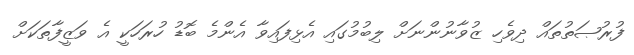
ފުރުޞަތުތައް ދިވެހި ޒުވާނުންނަށް ލިބުމުގައި އެޅިފައިވާ އެންމެ ބޮޑު ހުރަހަކީ އެ ވަޒީފާތަކަށް